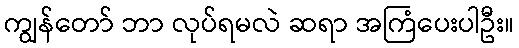
ကျွန်တော် ဘာ လုပ်ရမလဲ ဆရာ အကြံပေးပါဦး။